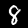
Label: 8